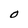
Character: O